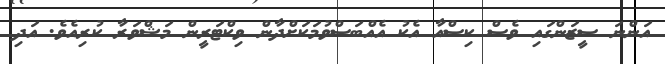
އަންނަ ސީޒަންގައި ވެސް ކިސްއާ އެކު އެއްބަސްވުމަކަށްދާން ވިކްޓަރީން މަޝްވަރާ ކުރިއެވެ. އަދި